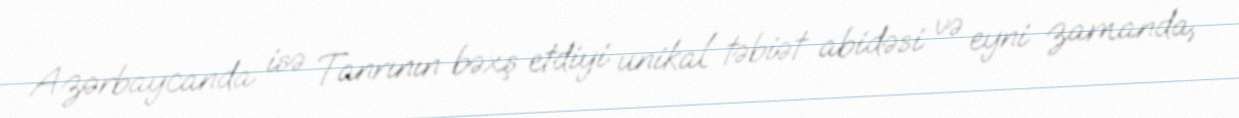
Azərbaycanda isə Tanrının bəxş etdiyi unikal təbiət abidəsi və eyni zamanda,